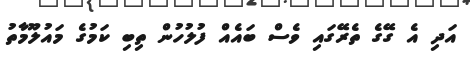
އަދި އެ ގޭގެ ތެރޭގައި ވެސް ބައެއް ފުލުހުން ތިބި ކަމުގެ މައުލޫމާތު